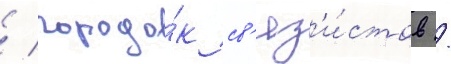
/ городо́к св'яз'и́стов /